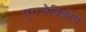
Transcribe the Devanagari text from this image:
पुराजैविकीय